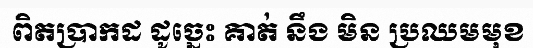
ពិតប្រាកដ ដូច្នេះ គាត់ នឹង មិន ប្រឈមមុខ